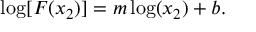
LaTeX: \mathrm { l o g } [ F ( x _ { 2 } ) ] = m \log ( x _ { 2 } ) + b .